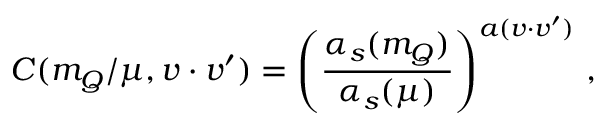
C ( m _ { Q } / \mu , v \cdot v ^ { \prime } ) = \left( \frac { \alpha _ { s } ( m _ { Q } ) } { \alpha _ { s } ( \mu ) } \right) ^ { a ( v \cdot v ^ { \prime } ) } \, ,